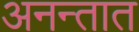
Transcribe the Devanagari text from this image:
अनन्तात